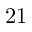
2 1